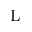
\mathrm { L }